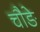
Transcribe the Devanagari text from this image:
चौङे